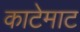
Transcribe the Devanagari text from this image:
काटेमाट